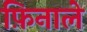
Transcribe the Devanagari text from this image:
फ़िनाले